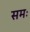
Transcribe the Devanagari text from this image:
समः